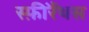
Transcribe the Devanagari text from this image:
स्फ़ीरैंथस